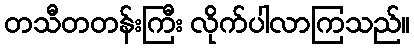
တသီတတန်းကြီး လိုက်ပါလာကြသည်။